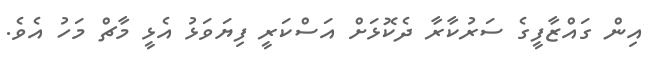
އިން ގައްޒާފީގެ ސަރުކާރާ ދެކޮޅަށް އަސްކަރީ ފިޔަވަޅު އެޅީ މާޗް މަހު އެވެ.